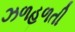
ઝળહળતી